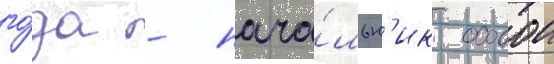
го́да - нача́льн'ик особои